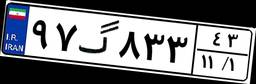
۹۷گ۸۳۳۴۳